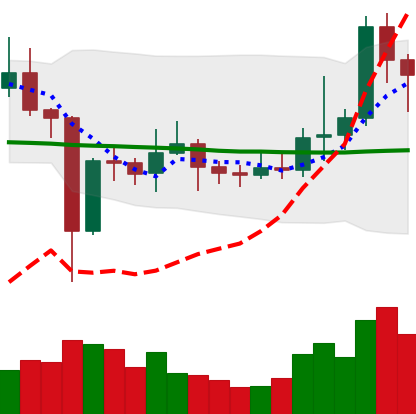
Ticker: EOS-USD
Chart end date: 2021-01-08
Forward return: -11.306%
Label: down_7plus